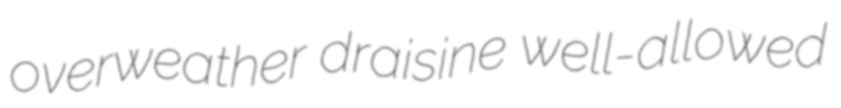
overweather draisine well-allowed